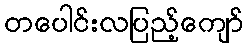
တပေါင်းလပြည့်ကျော်